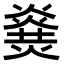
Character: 𤎫